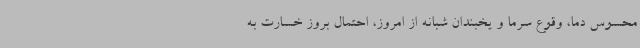
محسوس دما، وقوع سرما و یخبندان شبانه از امروز، احتمال بروز خسارت به